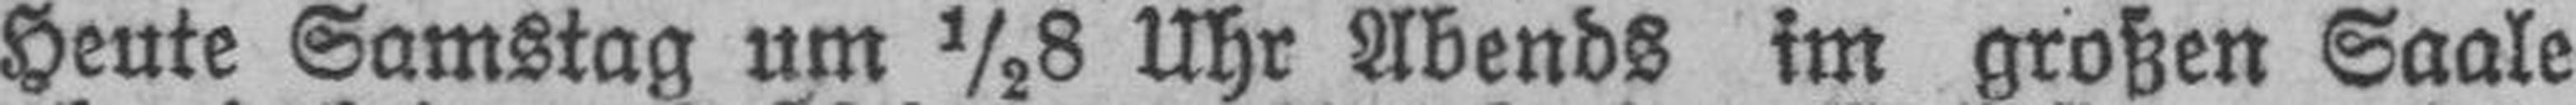
Heute Samstag um ½8 Uhr Abends im großen Saale